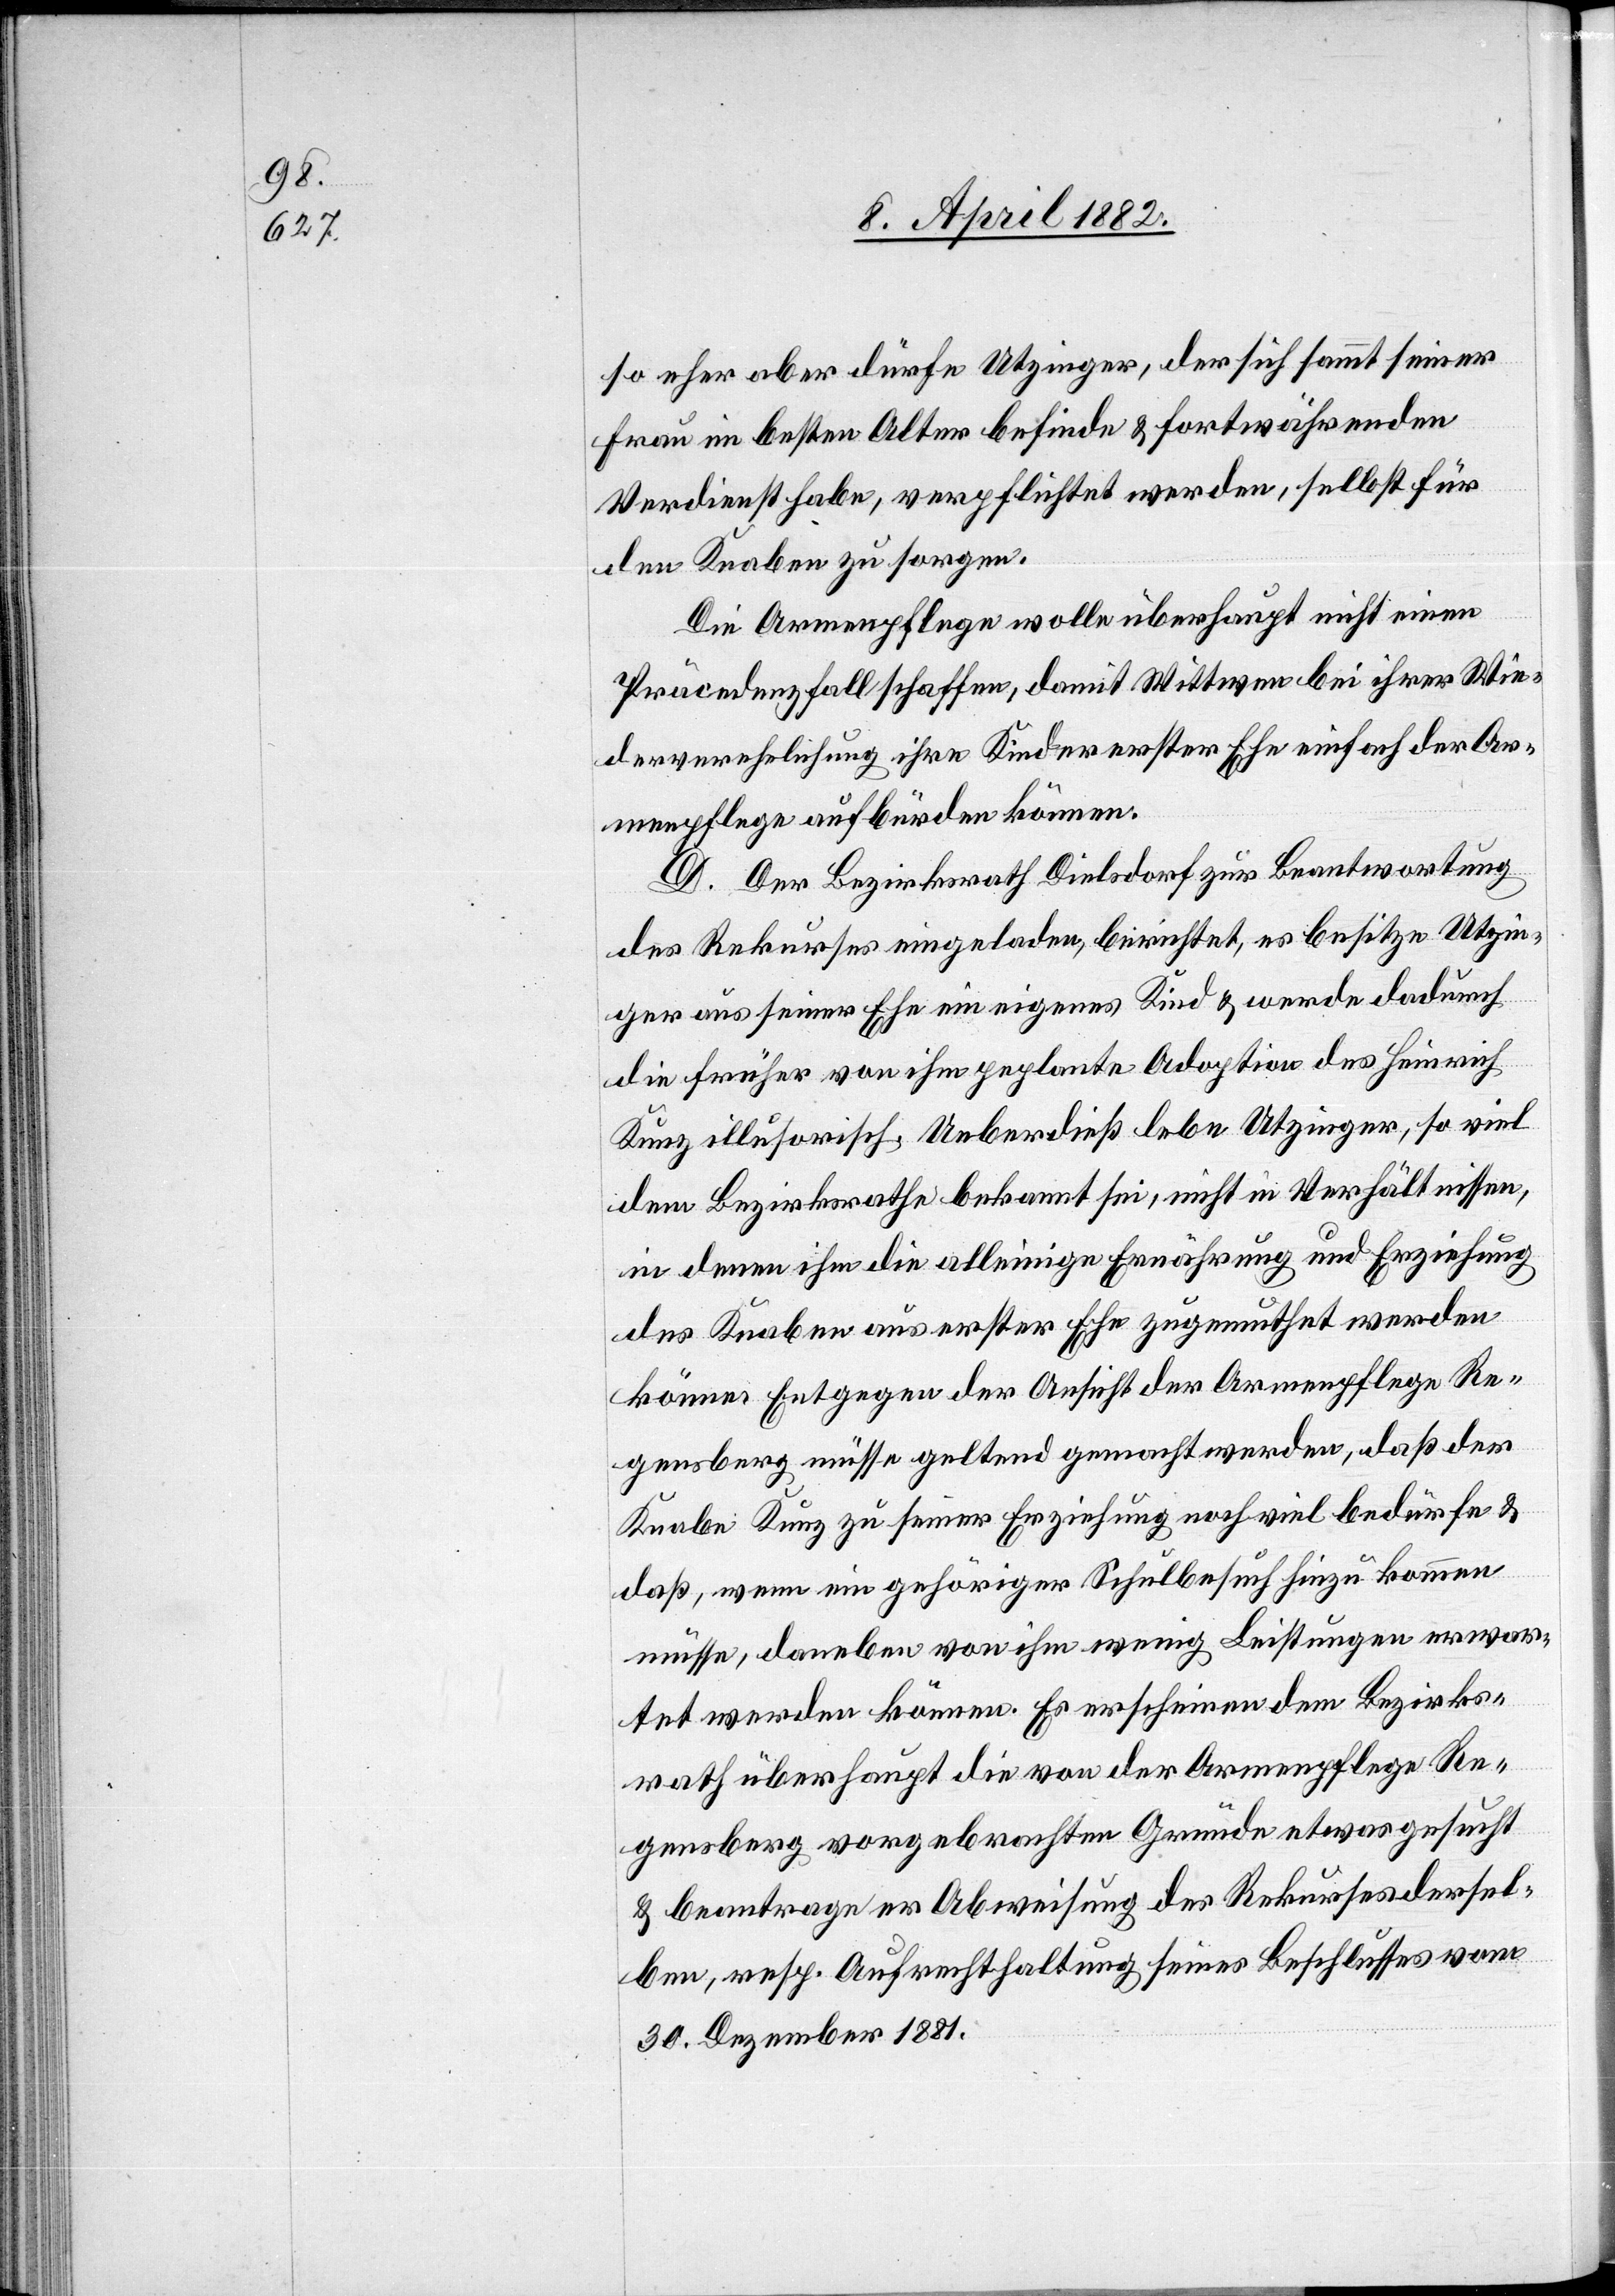
so eher aber dürfe Utzinger, der sich sammt seiner
Frau im besten Alter befinde & fortwährenden
Verdienst habe, verpflichtet werden, selbst für
den Knaben zu sorgen.
die Armenpflege wolle überhaupt nicht einen
Präcedenzfall schaffen, damit Wittwen bei ihrer Wie¬
derverehelichung ihre Kinder erster Ehe einfach der Ar¬
menpflege aufbürden können.
D. Der Bezirksrath Dielsdorf zur Beantwortung
des Rekurses eingeladen, berichtet, es besitze Utzin¬
ger aus seiner Ehe ein eigenes Kind & werde dadurch
die früher von ihm peplante [recte: geplante] Adoption des Heinrich
Kunz illusorisch. Ueberdieß lebe Utzinger, so viel
dem Bezirksrathe bekannt sei, nicht in Verhältnisse,
in denen ihm die alleinige Ernährung und Erziehung
des Knaben aus erster Ehe zugemuthet werden
könne. Entgegen der Ansicht der Armenpflege Re¬
gensberg müsse geltend gemacht werden, daß der
Knabe Kunz zu seiner Erziehung noch viel bedürfe &
daß, wenn ein gehöriger Schulbesuch hinzu kommen
müsse, daneben von ihm wenig Leistungen erwar¬
tet werden können. Es erscheinen dem Bezirks¬
rath überhaut die von der Armenpflege Re¬
gensberg vorgebrachten Gründe etwas gesucht
& beantrage er Abweisung des Rekurses dersel¬
ben, resp. Aufrechthaltung seines Beschlusses vom
30. Dezember 1881.